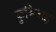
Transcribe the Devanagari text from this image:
कुमिअइ